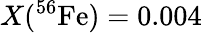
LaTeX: X(^{56}\mathrm{Fe})=0.004